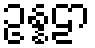
ဥန္နဠာ